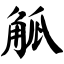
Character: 觚